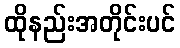
ထိုနည်းအတိုင်းပင်